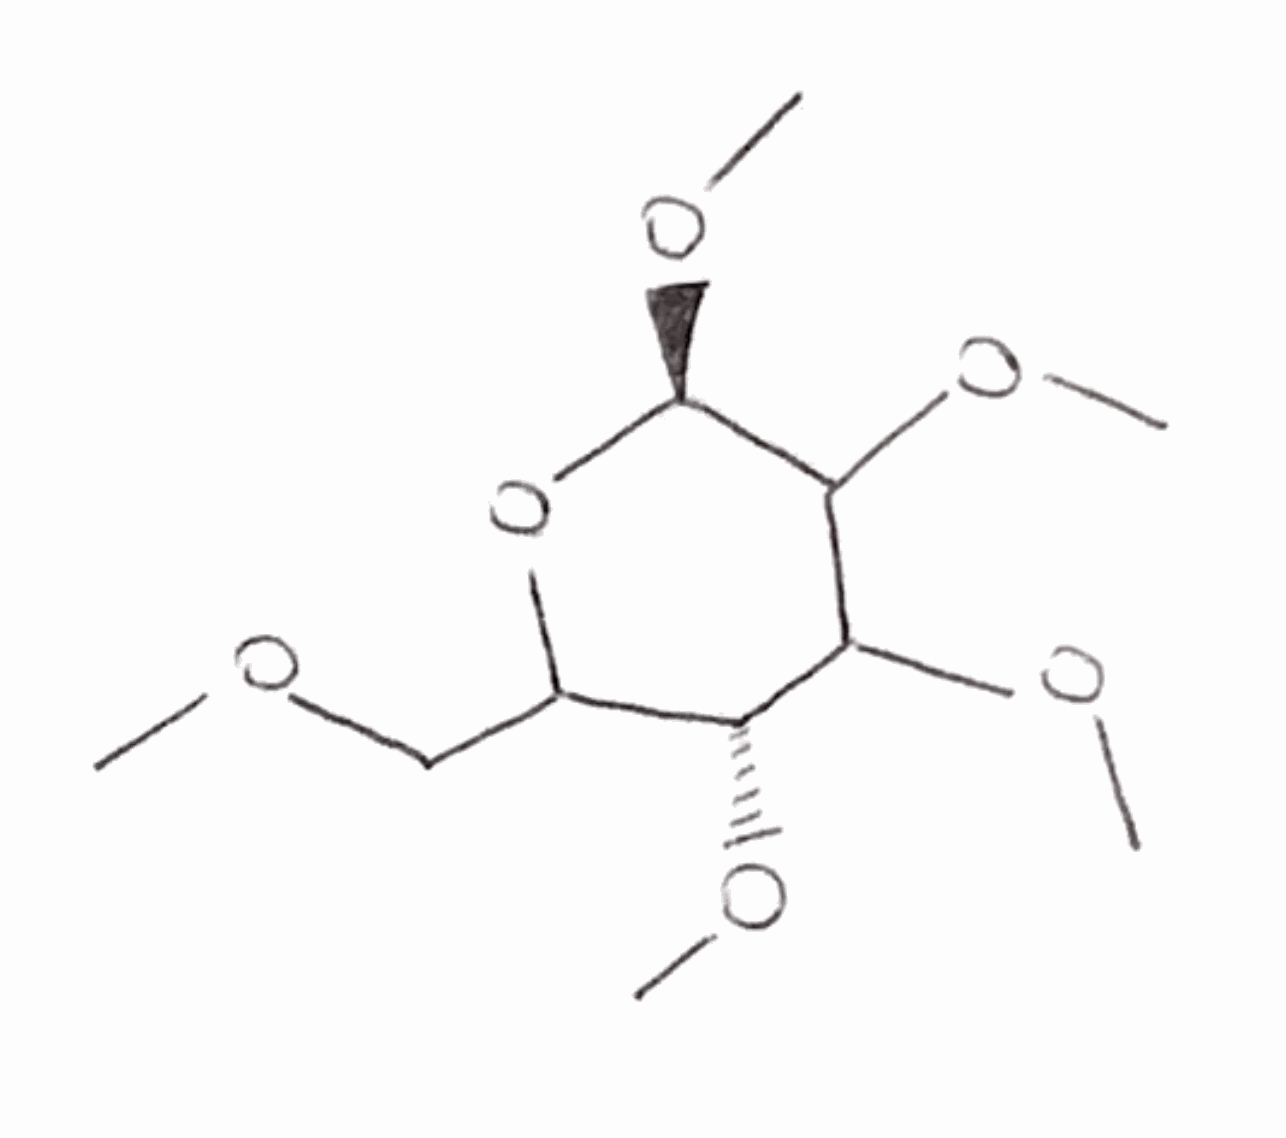
Simplified molecular-input line-entry system (SMILES) notation of the given molecule:
COCC1[C@H](C(C([C@@H](O1)OC)OC)OC)OC